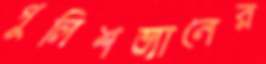
পুলিশভ্যানের